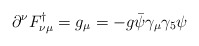
\begin{align*}\partial^{\nu}F_{\nu\mu}^{\dagger}=g_\mu = -g\bar{\psi}\gamma_{\mu}\gamma_{5}\psi\end{align*}